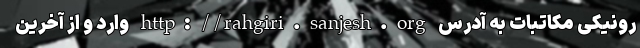
رونیکی مکاتبات به آدرس http://rahgiri.sanjesh.org وارد و از آخرین